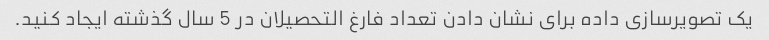
یک تصویرسازی داده برای نشان دادن تعداد فارغ التحصیلان در 5 سال گذشته ایجاد کنید.